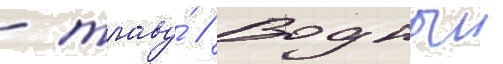
- траву́ // Водныи